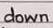
down